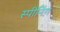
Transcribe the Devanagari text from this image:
स्पीनिंग